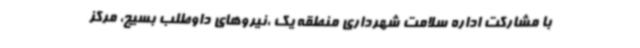
با مشارکت اداره سلامت شهرداری منطقه یک ،نیروهای داوطلب بسیج، مرکز